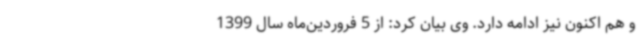
و هم اکنون نیز ادامه دارد. وی بیان کرد: از 5 فروردین‌ماه سال 1399